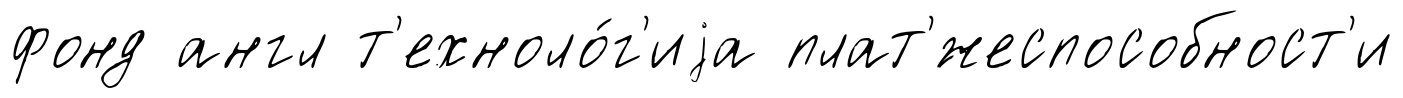
фонд англ т'ехноло́г'иjа плат'́жеспособност'и